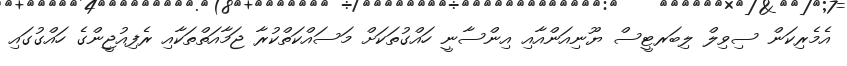
އެމެރިކަން ސިވިލް ލިބަރޓީސް ޔޫނިއަންއާއި އިންސާނީ ހައްގުތަކަށް މަސައްކަތްކުރާ ޖަމާއަތްތަކާއި ރެފިއުޖީންގެ ހައްގުގައި